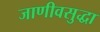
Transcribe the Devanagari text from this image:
जाणीवसुद्धा